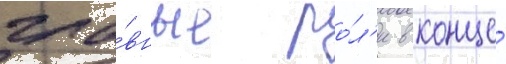
гла́вные ро́л'и в конце́